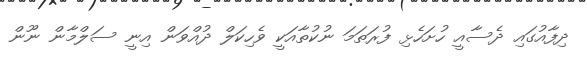
ދިފާއުގައި ދެސާއީ ހުށަހެޅި ފުރަތަމަ ނުކުތާއަކީ ވެހިކަލް ދުއްވަން އިނީ ސަލްމާން ނޫން